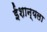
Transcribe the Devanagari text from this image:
ईशान्यला